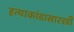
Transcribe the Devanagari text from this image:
हत्याकांडासारखी